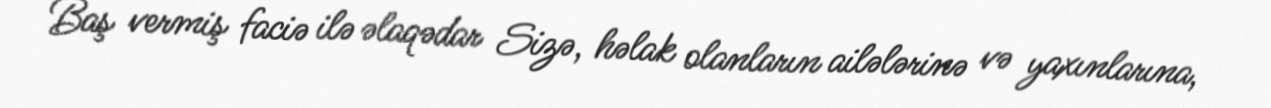
Baş vermiş faciə ilə əlaqədar Sizə, həlak olanların ailələrinə və yaxınlarına,